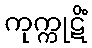
ကုက္ကုဋိံ